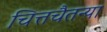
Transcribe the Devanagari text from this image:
चित्तचैतन्या